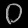
Digit: ၀